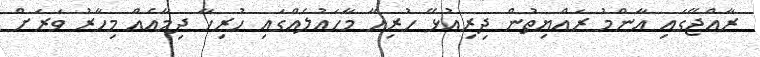
ރާއްޖޭގައި އާންމު ރައްޔިތުން ދިިރިއުޅޭ ހުރިހާ މާހައުލެއްގައި ހުރިހާ ދިމާއެއް މިހާރު ވަރަށް